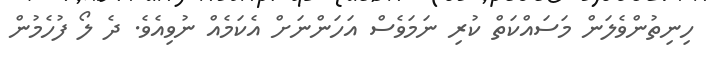
ހިނިތުންވެލަން މަސައްކަތް ކުރި ނަމަވެސް އަހަންނަށް އެކަމެއް ނުވިއެވެ. ދެ ލޯ ފުހެމުން